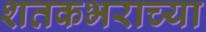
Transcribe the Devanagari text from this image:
शतकभराच्या